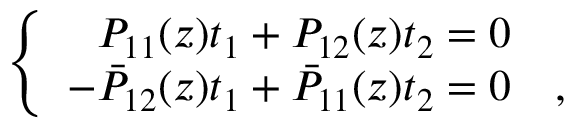
\left\{ \begin{array} { r l } { { P _ { 1 1 } ( z ) t _ { 1 } + P _ { 1 2 } ( z ) t _ { 2 } = 0 } } & { { } } \\ { { - \bar { P } _ { 1 2 } ( z ) t _ { 1 } + \bar { P } _ { 1 1 } ( z ) t _ { 2 } = 0 } } & { { , } } \end{array} \right.